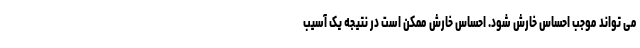
می تواند موجب احساس خارش شود. احساس خارش ممکن است در نتیجه یک آسیب